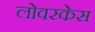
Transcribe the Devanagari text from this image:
लोवरकेस